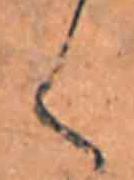
く